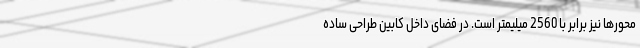
محورها نیز برابر با 2560 میلیمتر است. در فضای داخل کابین طراحی ساده